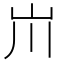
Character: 𡵅